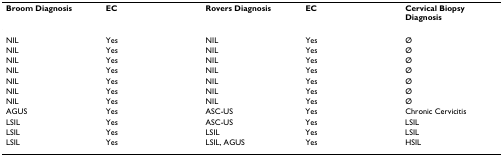
<table><thead><tr><td><b>Broom Diagnosis</b></td><td><b>EC</b></td><td><b>Rovers Diagnosis</b></td><td><b>EC</b></td><td><b>Cervical Biopsy Diagnosis</b></td></tr></thead><tbody><tr><td>NIL</td><td>Yes</td><td>NIL</td><td>Yes</td><td>Ø</td></tr><tr><td>NIL</td><td>Yes</td><td>NIL</td><td>Yes</td><td>Ø</td></tr><tr><td>NIL</td><td>Yes</td><td>NIL</td><td>Yes</td><td>Ø</td></tr><tr><td>NIL</td><td>Yes</td><td>NIL</td><td>Yes</td><td>Ø</td></tr><tr><td>NIL</td><td>Yes</td><td>NIL</td><td>Yes</td><td>Ø</td></tr><tr><td>NIL</td><td>Yes</td><td>NIL</td><td>Yes</td><td>Ø</td></tr><tr><td>NIL</td><td>Yes</td><td>NIL</td><td>Yes</td><td>Ø</td></tr><tr><td>AGUS</td><td>Yes</td><td>ASC-US</td><td>Yes</td><td>Chronic Cervicitis</td></tr><tr><td>LSIL</td><td>Yes</td><td>ASC-US</td><td>Yes</td><td>LSIL</td></tr><tr><td>LSIL</td><td>Yes</td><td>LSIL</td><td>Yes</td><td>LSIL</td></tr><tr><td>LSIL</td><td>Yes</td><td>LSIL, AGUS</td><td>Yes</td><td>HSIL</td></tr></tbody></table>